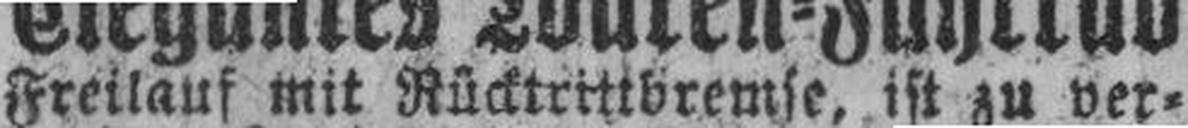
Freilauf mit Rücktrittbremse, ist zu ver¬